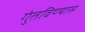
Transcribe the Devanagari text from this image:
गुंतविण्यास